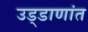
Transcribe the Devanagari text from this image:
उड्डाणांत